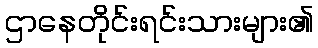
ဌာနေတိုင်းရင်းသားများ၏